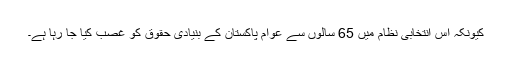
کیونکہ اس انتخابی نظام میں 65 سالوں سے عوام پاکستان کے بنیادی حقوق کو غصب کیا جا رہا ہے۔